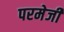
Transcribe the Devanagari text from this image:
परमेजी